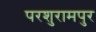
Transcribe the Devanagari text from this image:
परशुरामपुर